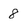
Character: 8